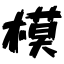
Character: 模